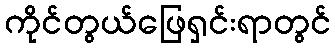
ကိုင်တွယ်ဖြေရှင်းရာတွင်